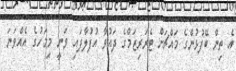
އެ ތިން ބޭފުޅުންގެ މައްޗަށް ޓެރަރިޒަމްގެ ދައުވާ އުފުލާފައި ވަނީ މިމަހުގެ އެއްވަނަ